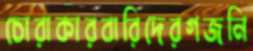
চোরাকারবারিদেরগজনি